Bréfritari: Gísli Benjamínsson
Viðtakandi: Halldór Jónsson
Dagsetning: A-1870-01-12
Skrifað á: Melum, Vopnafirði  N-Múl.

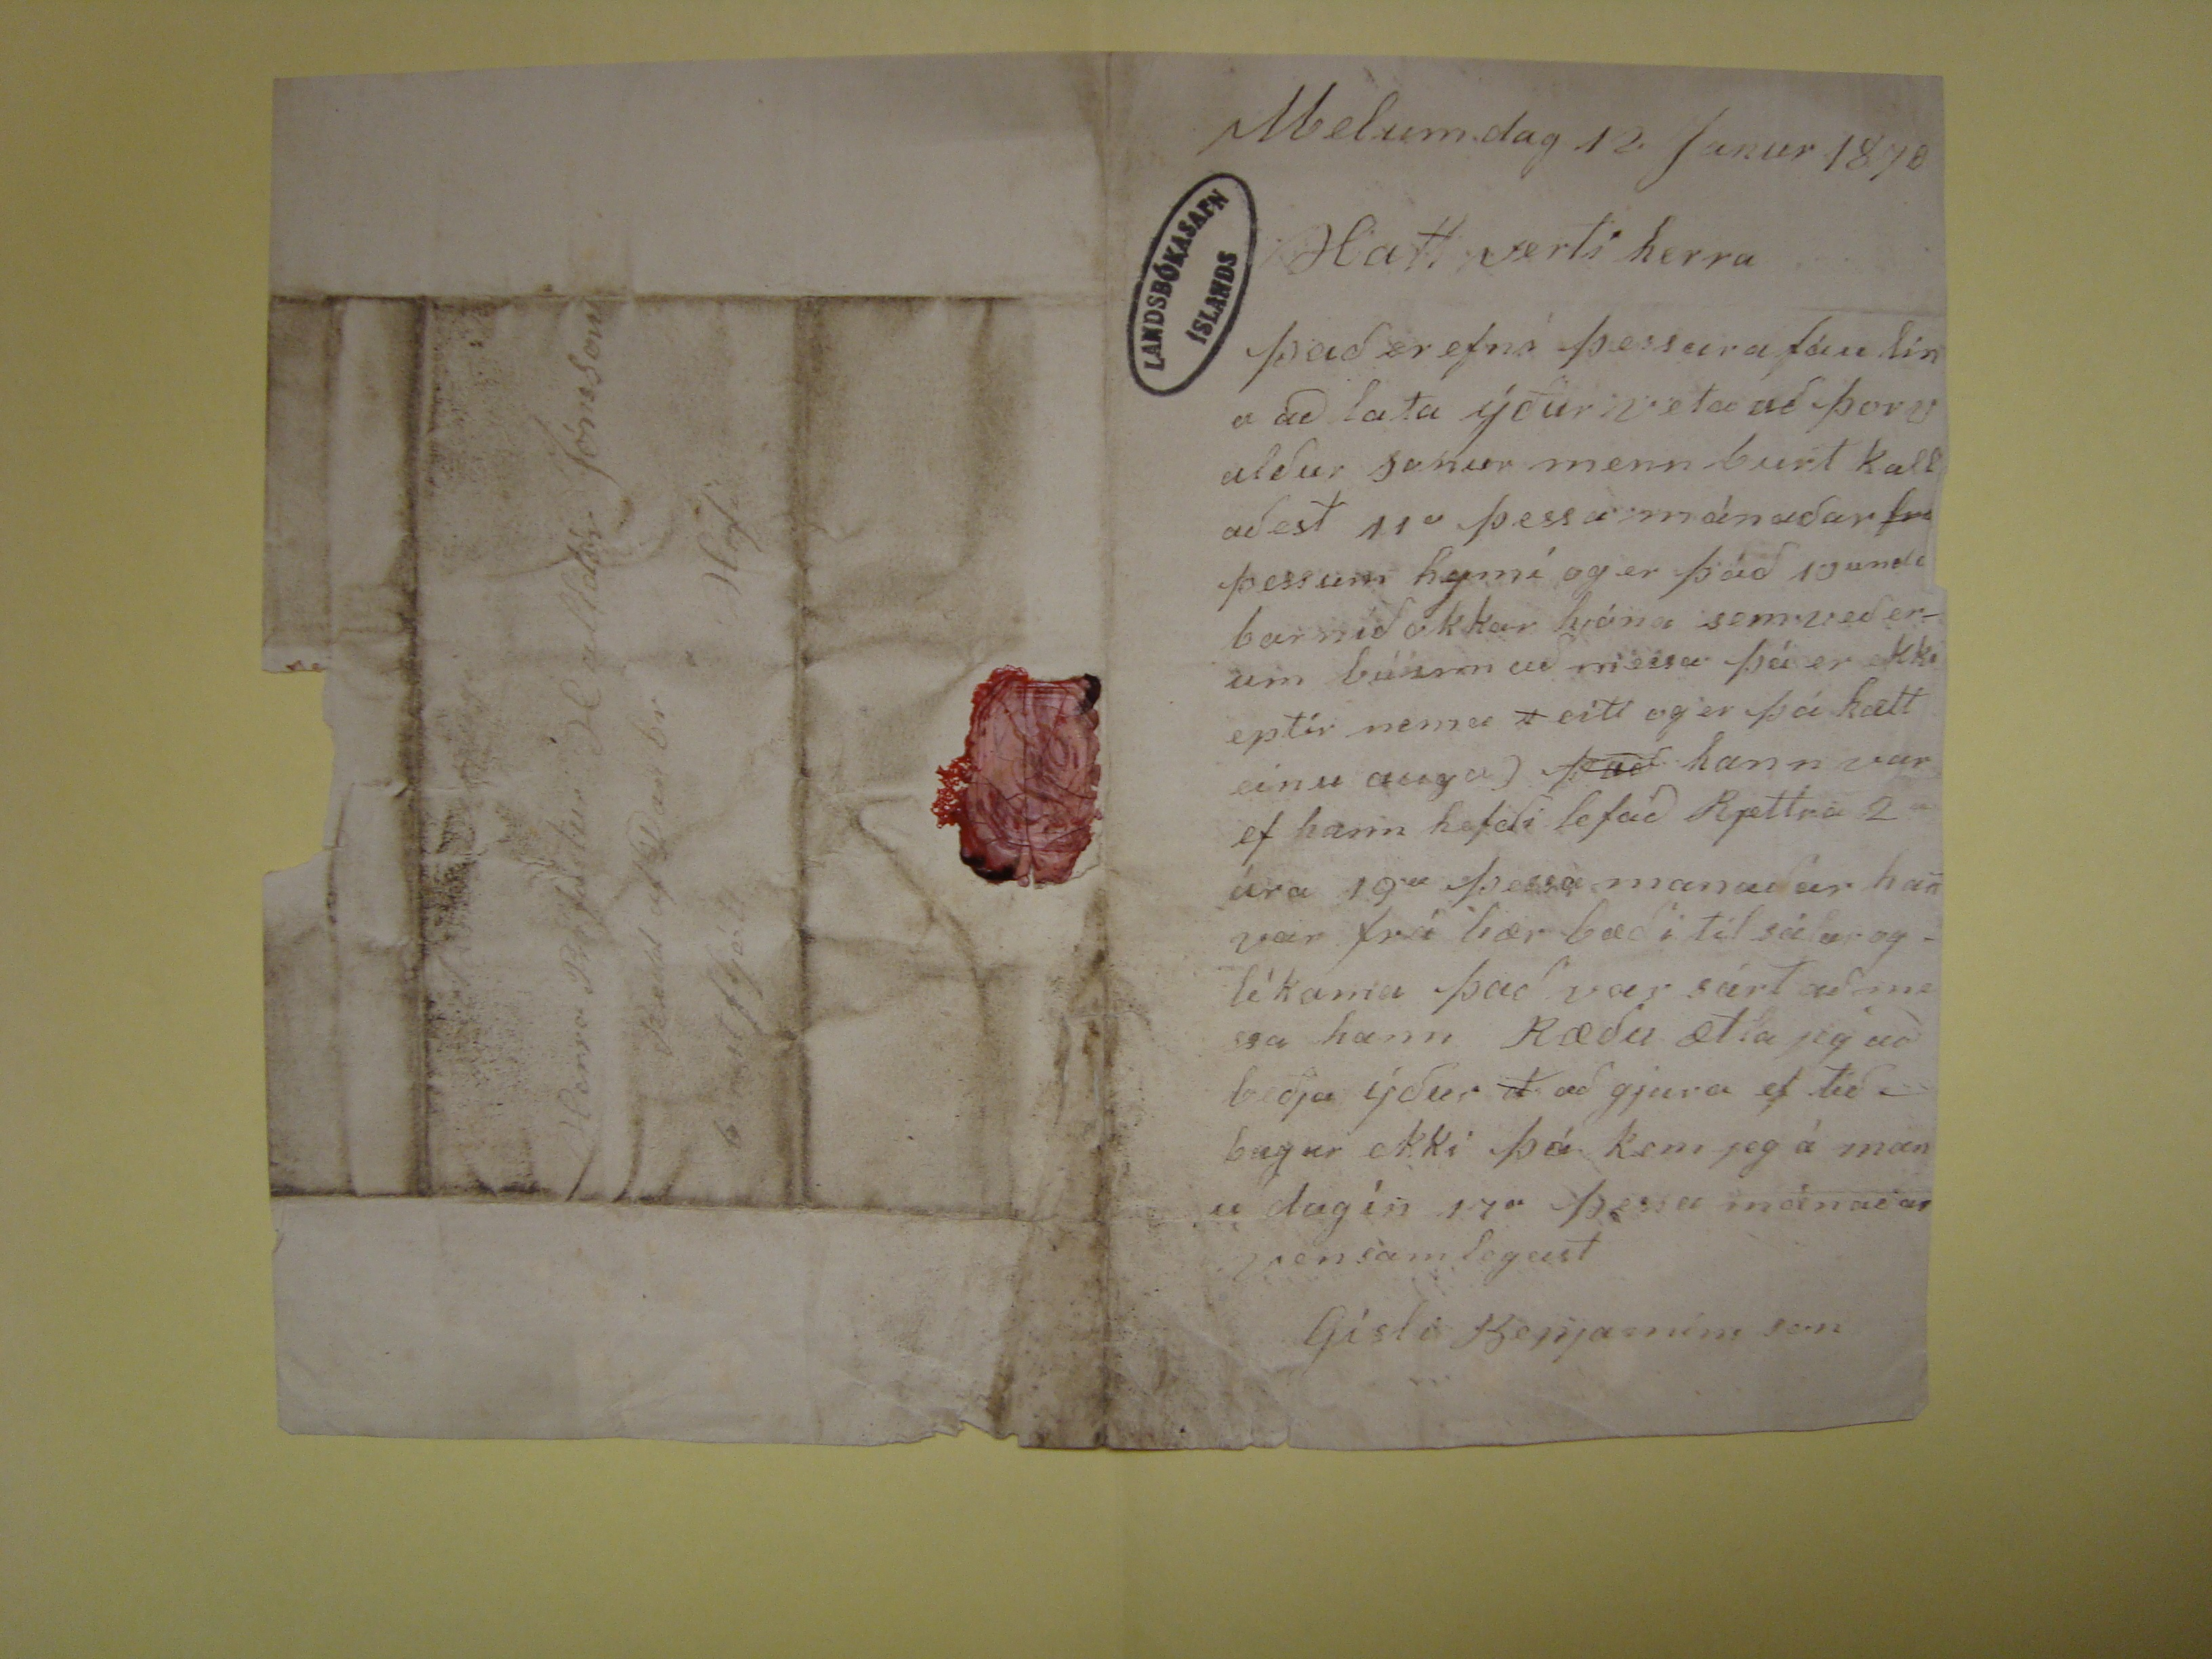

MElum dag 12 Janur 1870
Hattverti herra
Það er efni þessara fái lína að lata ýður veta að Þorvaldur sonur menn burt kallaðest 11
u
þessa mánaðar fra þessum hejmí og er
það 10
unda
barnið okkar hjóna sem veð erum búinn að messa þá er ekki eptir nema
s
eitt og er þá hætt einu auga)
það
hann var ef hann hefði lefað Rjættra 2 ára 19
a
þessa
manaðar han var frí bær bæði til sálar og líkama það var sárt að messa hann Ræðu ætla jeg að beðja ýður
d
að gjura
ef tíðbugur ekki þá kem jeg á manu dagin 17
a
þessa mánaðar
Vensamlegast
Gísli Benjamíns son
Herra PRófastur Halldór Jónsson
Redd af Dan br
6 nest fljótt
Hofi